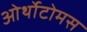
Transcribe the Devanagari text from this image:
ओर्थोटोमस